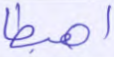
اهبطا